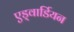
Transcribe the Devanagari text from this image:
एड्वार्डियन